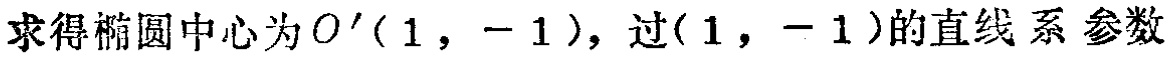
求得椭圆中心为\(O'(1,-1)\)，过\((1,-1)\)的直线系  参数